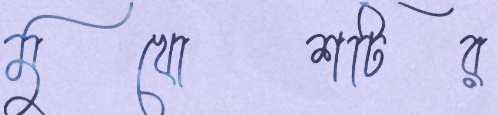
মুখোশটির